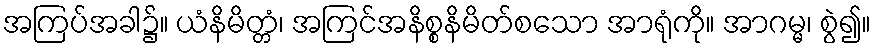
အကြပ်အခါ၌။ ယံနိမိတ္တံ၊ အကြင်အနိစ္စနိမိတ်စသော အာရုံကို။ အာဂမ္မ၊ စွဲ၍။